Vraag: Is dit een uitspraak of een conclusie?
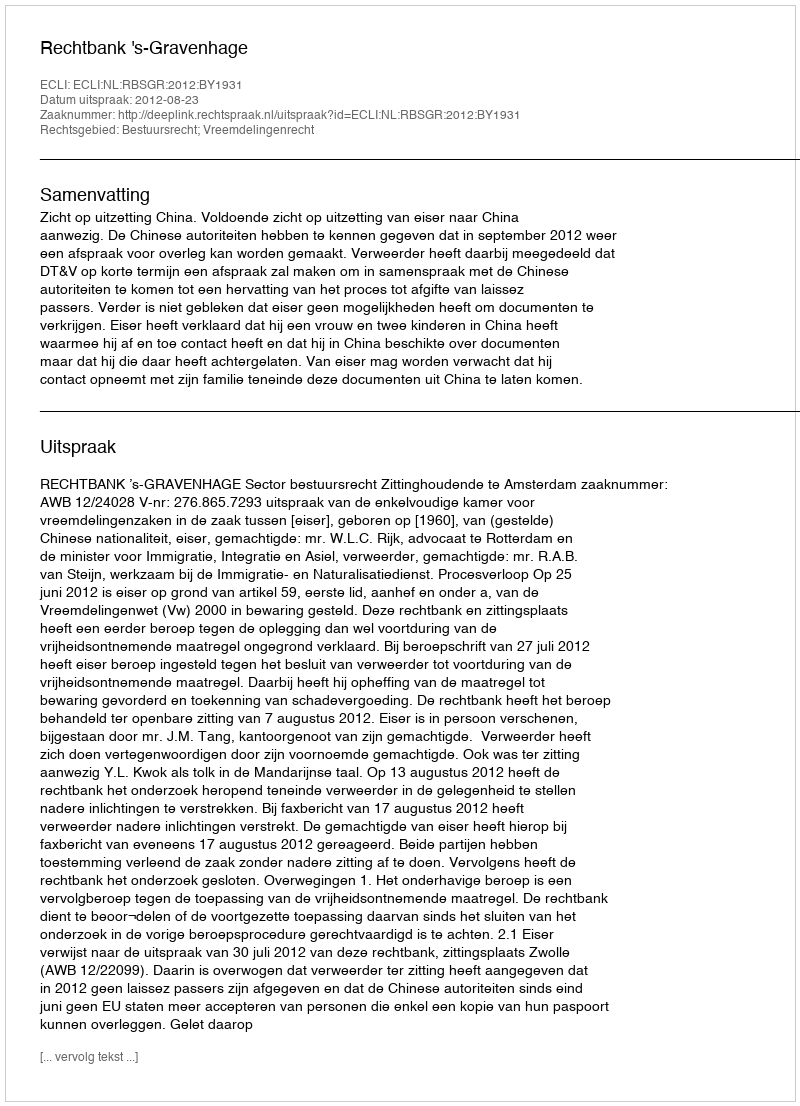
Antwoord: Uitspraak